Indian journal of veterinary science and animal husbandry - Volumes 15-17, 1948-1951
Year: 1948
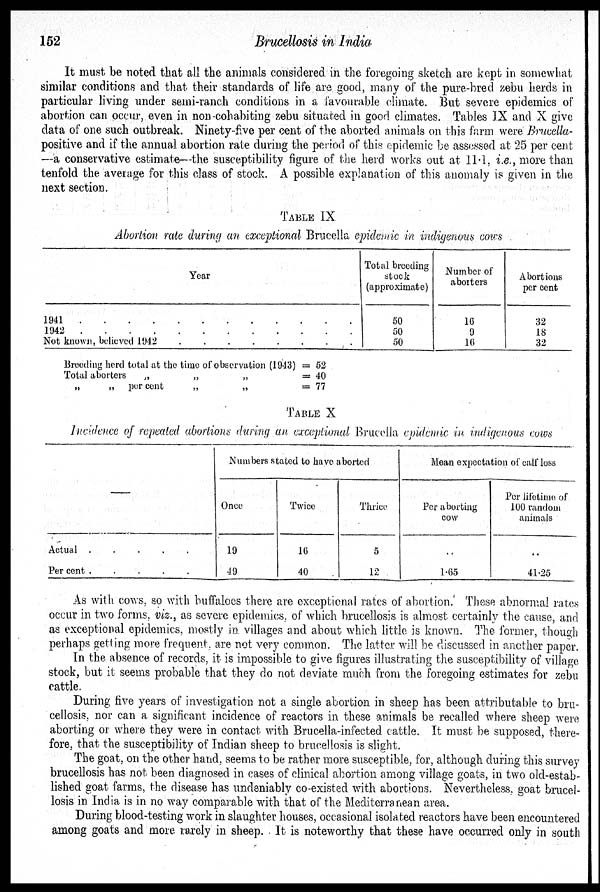
152
Brucellosis in India
It must be noted that all the animals considered in the foregoing sketch are kept in somewhat
similar conditions and that their standards of life are good, many of the pure-bred zebu herds in
particular living under semi-ranch conditions in a favourable climate. But severe epidemics of
abortion can occur, even in non-cohabiting zebu situated in good climates. Tables IX and X give
data of one such outbreak. Ninety-five per cent of the aborted animals on this farm were Brucella-
positive and if the annual abortion rate during the period of this epidemic be assessed at 25 per cent
—a conservative estimate—the susceptibility figure of the herd works out at 11.1, i.e., more than
tenfold the average for this class of stock. A possible explanation of this anomaly is given in the
next section.
TABLE IX
Abortion rate during an exceptional Brucella epidemic in indigenous cows
Year
1941
.
.
.
.
.
.
.
.
.
.
.
.
.
1942
.
.
.
.
.
.
.
.
.
.
.
.
.
Not known, believed 1942
.
.
.
.
.
.
.
.
Total breeding
stock
(approximate)
50
50
50
Number of
aborters
16
9
16
Abortions
per cent
32
18
32
Breeding herd total at the time of observation (1943)
Total aborters
„
„
„
„
„ percent
„
„
= 52
= 40
= 77
TABLE X
Incidence of repeated abortions during an exceptional Brucella epidemic in indigenous cows
—
Actual
.
.
.
.
.
Per cent
.
.
.
.
.
Numbers stated to have aborted
Once
19
49
Twice
16
40
Thrice
5
12
Mean expectation of calf loss
Per aborting
cow
..
1.65
Per lifetime of
100 random
animals
..
41.25
As with cows, so with buffaloes there are exceptional rates of abortion. These abnormal rates
occur in two forms, viz., as severe epidemics, of which brucellosis is almost certainly the cause, and
as exceptional epidemics, mostly in. villages and about which little is known. The former, though
perhaps getting more frequent, are not very common. The latter will be discussed in another paper.
In the absence of records, it is impossible to give figures illustrating the susceptibility of village
stock, but it seems probable that they do not deviate much from the foregoing estimates for zebu
cattle.
During five years of investigation not a single abortion in sheep has been attributable to bru-
cellosis, nor can a significant incidence of reactors in these animals be recalled where sheep were
aborting or where they were in contact with Brucella-infected cattle. It must be supposed, there-
fore, that the susceptibility of Indian sheep to brucellosis is slight.
The goat, on the other hand, seems to be rather more susceptible, for, although during this survey
brucellosis has not been diagnosed in cases of clinical abortion among village goats, in two old-estab-
lished goat farms, the disease has undeniably co-existed with abortions. Nevertheless, goat brucel-
losis in India is in no way comparable with that of the Mediterranean area.
During blood-testing work in slaughter houses, occasional isolated reactors have been encountered
among goats and more rarely in sheep. It is noteworthy that these have occurred only in south